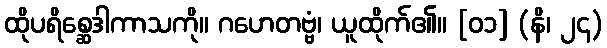
ထိုပရိစ္ဆေဒါကာသကို။ ဂဟေတဗ္ဗံ၊ ယူထိုက်၏။ [၀၁] (နိ၊ ၂၄)